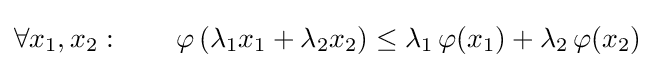
\forall x_{1},x_{2}:\qquad \varphi \left(\lambda _{1}x_{1}+\lambda _{2}x_{2}\right)\leq \lambda _{1}\,\varphi (x_{1})+\lambda _{2}\,\varphi (x_{2})